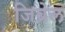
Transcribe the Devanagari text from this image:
जिब्रेल